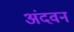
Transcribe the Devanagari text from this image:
अंदवन